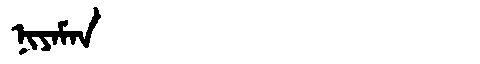
Manchu: ᠨᡳᠶᠠᠮᠠᠨ
Romanization: NIYAMAN